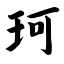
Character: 珂